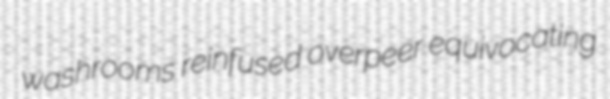
washrooms reinfused overpeer equivocating